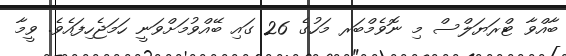
ބާއްވާ ޓްރަޔަލްސް މި ނޮވެމްބަރ މަހުގެ 26 ގައި ބޭއްވުމަށްވަނީ ހަމަޖެހިފައެވެ. ވީމާ